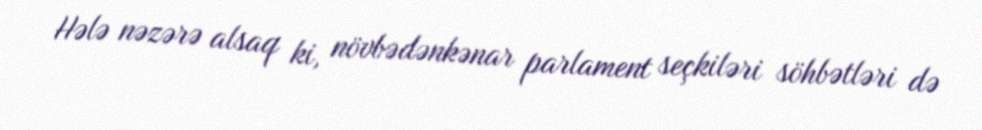
Hələ nəzərə alsaq ki, növbədənkənar parlament seçkiləri söhbətləri də